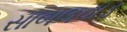
સાબલવાડ